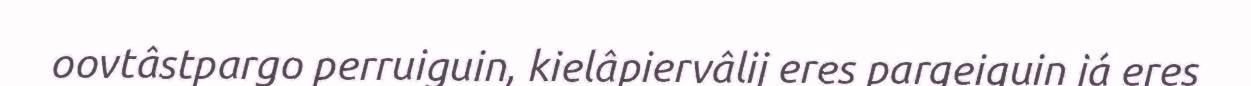
oovtâstpargo perruiguin, kielâpiervâlij eres pargeiguin já eres